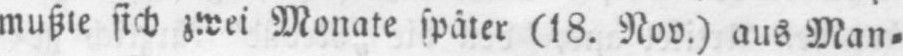
mußte sich zwei Monate später (18. Nov.) aus Man⸗